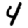
Digit: 4